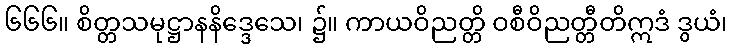
၆၆၆။ စိတ္တသမုဋ္ဌာနနိဒ္ဒေသေ၊ ၌။ ကာယဝိညတ္တိ ဝစီဝိညတ္တီတိဣဒံ ဒွယံ၊